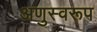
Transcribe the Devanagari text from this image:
अणुस्वरूप